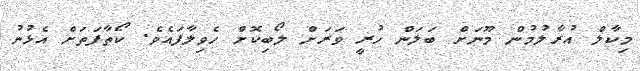
މިކާލް އުރާލުމުން މޫނަށް ބަލަން ހުރީ ވަރަށް ލޯބިކޮށް ހެވިލާފައެވެ. ކޯތާފަތަށް އެޅުނު